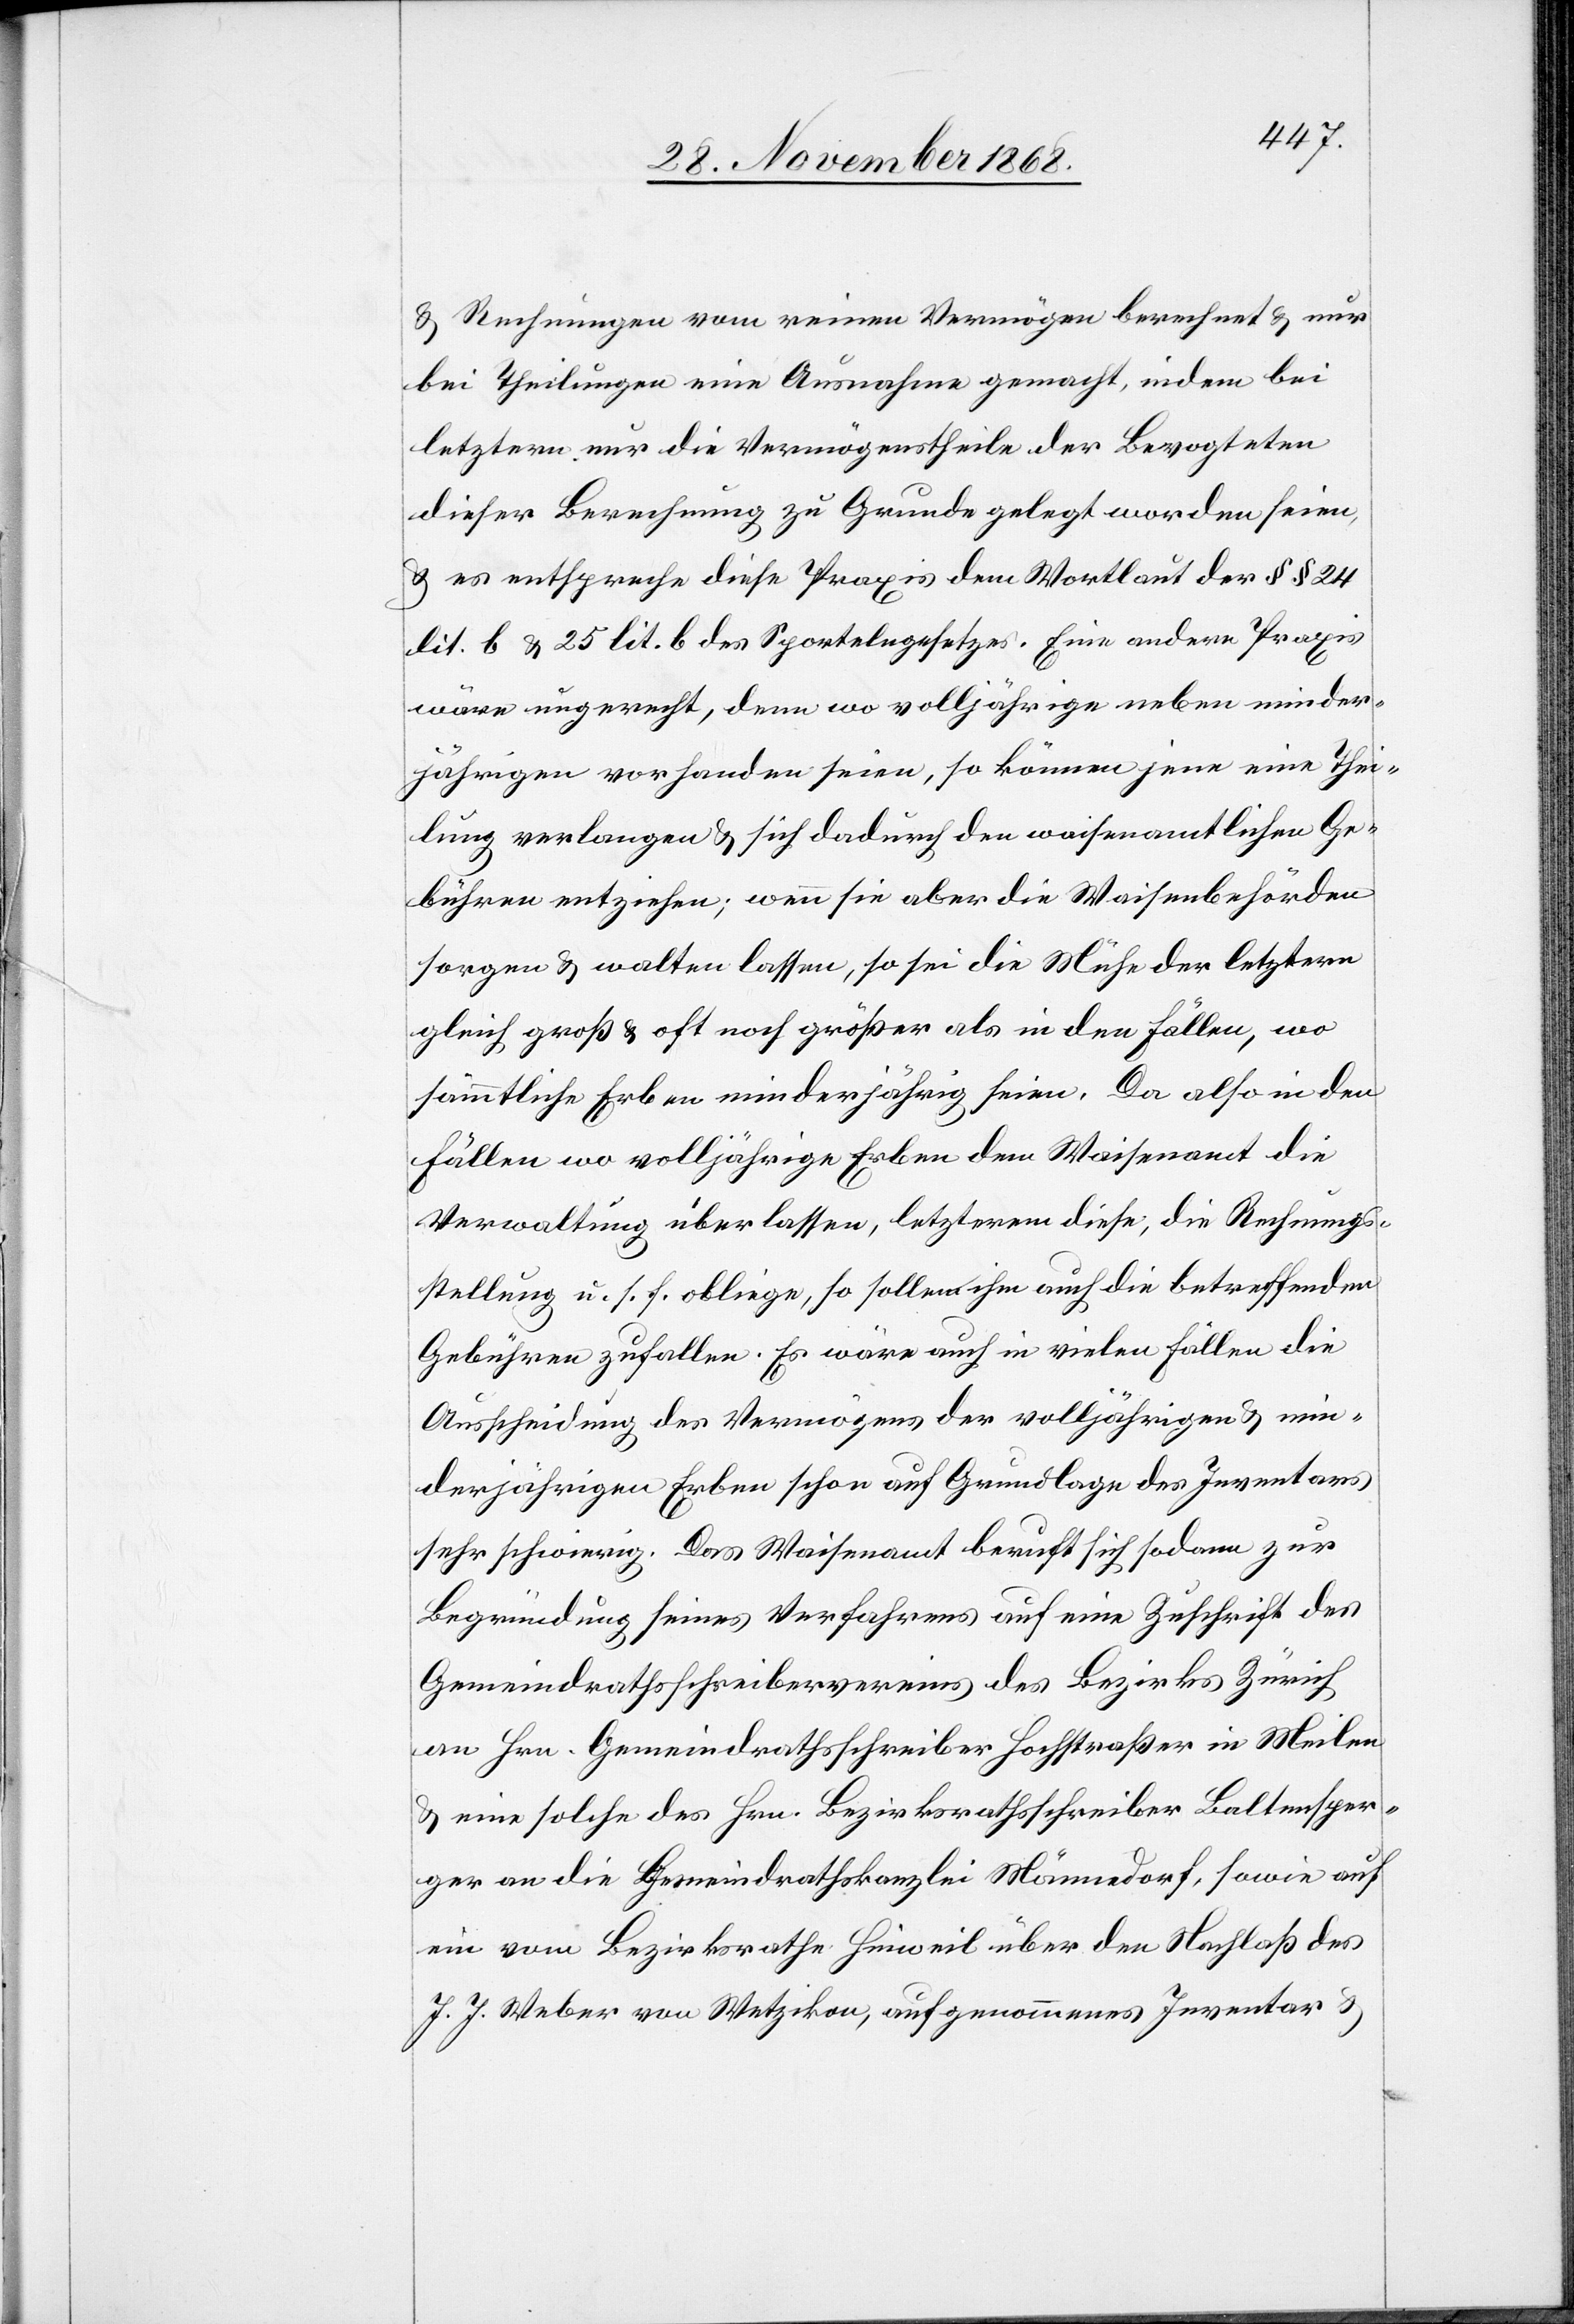
c!] Rechnungen vom reinen Vermögen berechnet & nur
bei Theilungen eine Ausnahme gemacht, indem bei
letztern nur die Vermögenstheile der Bevogteten
dieser Berechnung zu Grunde gelegt worden seien,
& es entspreche diese Praxis dem Wortlaut der §§ 24
lit. b & 25 lit. b des Sportelngesetzes. Eine andere Praxis
wäre ungerecht, denn wo volljährige neben minder¬
jährigen vorhanden seien, so können jene eine Thei¬
lung verlangen & sich dadurch den waisenamtlichen Ge¬
bühren entziehen; wenn sie aber die Waisenbehörden
sorgen & walten lassen, so sei die Mühe der letztern
gleich groß & oft noch größer als in den Fällen, wo
sämmtliche Erben minderjährig seien. Da also in den
Fällen wo volljährige Erben dem Waisenamt die
Verwaltung überlassen, letzterem diese, die Rechnungs¬
stellung u. s. f. obliege, so sollen ihm auch die betreffenden
Gebühren zufallen. Es wäre auch in vielen Fällen die
Ausscheidung des Vermögens der volljährigen & min¬
derjährigen Erben schon auf Grundlage des Inventars
sehr schwierig. Das Waisenamt beruft sich sodann zur
Begründung seines Verfahrens auf eine Zuschrift des
Gemeindrathsschreibervereins des Bezirks Zürich
an Hrn. Gemeindrathsschreiber Hochstraßer in Meilen
& eine solche des Hrn. Bezirksrathsschreiber Baltensper¬
ger an die Gemeindrathskanzlei Männedorf, sowie auf
ein vom Bezirksrathe Hinweil über den Nachlaß des
J. J. Weber von Wetzikon, aufgenommenes Inventar &

[si¬